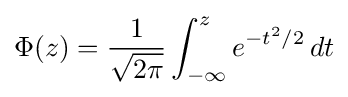
\Phi (z)={\frac {1}{\sqrt {2\pi }}}\int _{-\infty }^{z}e^{-t^{2}/2}\,dt